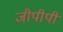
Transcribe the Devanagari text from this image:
जीपीपी